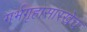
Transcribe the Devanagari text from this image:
गर्भगृहासारखेच